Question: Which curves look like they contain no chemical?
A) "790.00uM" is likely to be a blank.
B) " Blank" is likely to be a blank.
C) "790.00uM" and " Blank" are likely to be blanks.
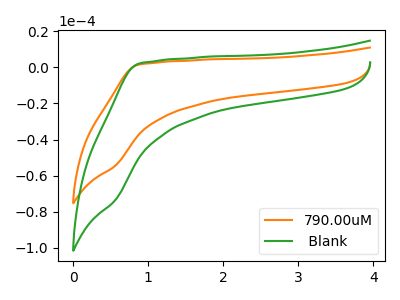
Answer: <think>The orange curve "790.00uM" has no peaks. The green curve " Blank" has no peaks.</think>
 <answer>C) "790.00uM" and " Blank" are likely to be blanks.</answer>
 <eval>C</eval>